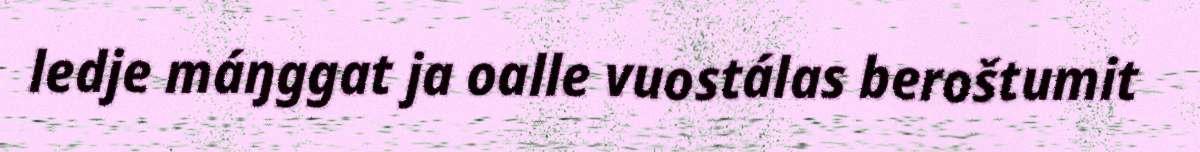
ledje máŋggat ja oalle vuostálas beroštumit